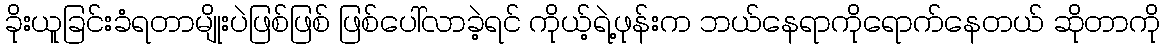
ခိုးယူခြင်းခံရတာမျိုးပဲဖြစ်ဖြစ် ဖြစ်ပေါ်လာခဲ့ရင် ကိုယ့်ရဲ့ဖုန်းက ဘယ်နေရာကိုရောက်နေတယ် ဆိုတာကို